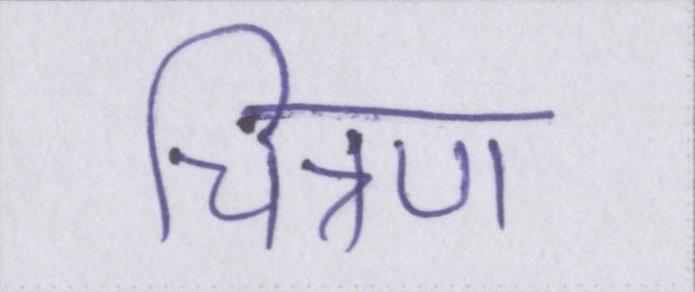
चित्रण